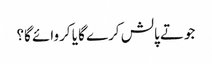
جوتے پالش کرے گا یا کروائے گا؟